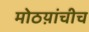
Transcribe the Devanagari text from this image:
मोठय़ांचीच